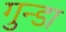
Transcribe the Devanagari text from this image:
गुन्डा